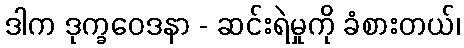
ဒါက ဒုက္ခဝေဒနာ - ဆင်းရဲမှုကို ခံစားတယ်၊